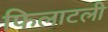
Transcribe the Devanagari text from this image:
फिलाटली